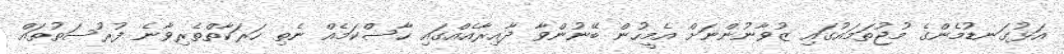
އަޅުގަނޑުމެންގެ މުޖުތަމައުގައި ޒުވާނުންނަށް އެމީހުން ބޭނުންވާ ދާއިރާއެއްގައި ހާސްކަމެއް ނެތި ހަރަކާތްތެރިވާނެ ފުރުސަތުތައް